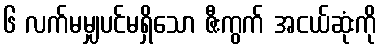
၆ လက်မမျှပင်မရှိသော ဇီးကွက် အငယ်ဆုံးကို